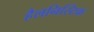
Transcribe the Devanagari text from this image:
हैलनिस्टिक